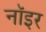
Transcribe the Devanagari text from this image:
नॉइर